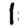
Digit: 1